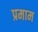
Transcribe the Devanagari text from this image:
प्रमाम